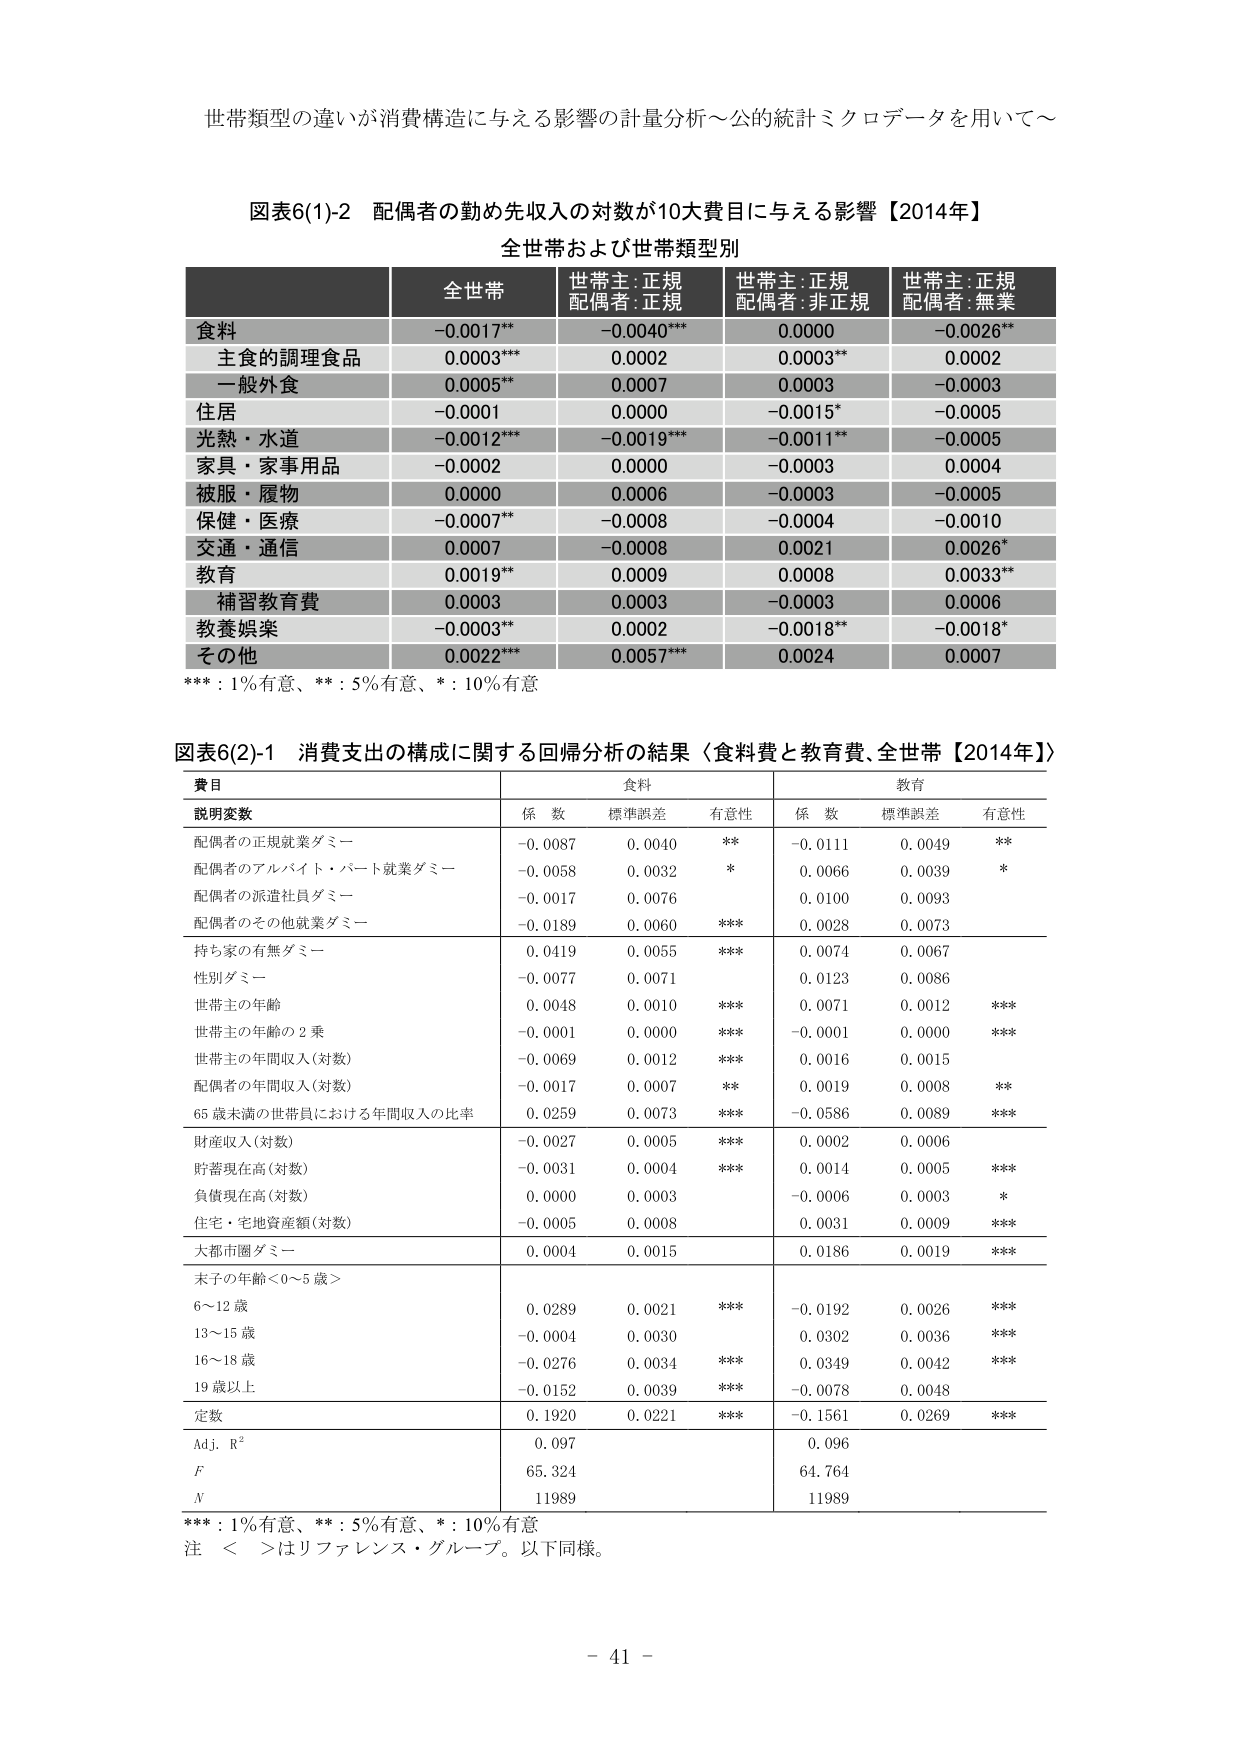
世帯類型の違いが消費構造に与える影響の計量分析～公的統計ミクロデータを用いて～

図表6(1)-2 配偶者の勤め先収入の対数が10大費目に入る影響【2014年】
全世帯および世帯類型別

全世帯 世帯主:正規 配偶者:正規 世帯主:正規 配偶者:非正規 世帯主:正規 配偶者:無業
食料 -0.0017** -0.0040*** 0.0000 -0.0026**
主食的調理食品 0.0003*** 0.0002 0.0003** 0.0002
一般外食 0.0005** 0.0007 0.0003 -0.0003
住居 -0.0001 0.0000 -0.0015* -0.0005
光熱・水道 -0.0012*** -0.0019**** -0.0011** -0.0005
家具・家事用品 -0.0002 0.0000 -0.0003 0.0004
被服・履物 0.0000 0.0006 -0.0003 -0.0005
保健・医療 -0.0007** -0.0008 -0.0004 -0.0010
交通・通信 0.0007 -0.0008 0.0021 0.0026*
教育 0.0019** 0.0009 0.0008 0.0033**
補習教育費 0.0003 0.0003 -0.0003 0.0006
教養娯楽 -0.0003** 0.0002 -0.0018** -0.0018*
その他 0.0022*** 0.0057*** 0.0024 0.0007

***：1%有意、**：5%有意、*：10%有意

図表6(2)-1 消費支出の構成に関する回帰分析の結果〈食料費と教育費、全世帯【2014年】〉

費目 食料 教育
説明変数 係数 標準誤差 有意性 係数 標準誤差 有意性
配偶者の正規就業ダミー -0.0087 0.0040 ** -0.0111 0.0049 **
配偶者のアルバイト・パート就業ダミー -0.0058 0.0032 * 0.0066 0.0039 *
配偶者の派遣社員ダミー -0.0017 0.0076 0.0100 0.0093
配偶者のその他就業ダミー 0.0189 0.0060 *** 0.0028 0.0073
持ち家の有無ダミー 0.0419 0.0055 *** 0.0074 0.0067
性別ダミー -0.0077 0.0071 0.0123 0.0086
世帯主の年齢 0.0048 0.0010 *** 0.0071 0.0012 ***
世帯主の年齢の2乗 -0.0001 0.0000 *** -0.0001 0.0000 ***
世帯主の年間収入(対数) -0.0069 0.0012 *** 0.0016 0.0015
配偶者の年間収入(対数) -0.0017 0.0007 ** 0.0019 0.0008 **
65歳未満の世帯員における年間収入の比率 0.0259 0.0073 *** -0.0586 0.0089 ***
財産収入(対数) -0.0027 0.0005 *** 0.0002 0.0006
貯蓄現在高(対数) -0.0031 0.0004 *** 0.0014 0.0005 ***
負債現在高(対数) 0.0000 0.0003 -0.0006 0.0003 *
住宅・宅地資産額(対数) -0.0005 0.0008 0.0031 0.0009 ***
大都市圏ダミー 0.0004 0.0015 0.0186 0.0019 ***
末子の年齢＜0～5歳＞
6～12歳 0.0289 0.0021 *** -0.0192 0.0026 ***
13～15歳 -0.0004 0.0030 0.0302 0.0036 ***
16～18歳 -0.0276 0.0034 *** 0.0349 0.0042 ***
19歳以上 -0.0152 0.0039 *** -0.0078 0.0048
定数 0.1920 0.0221 *** -0.1561 0.0269 ***
Adj. R² 0.097 0.096
F 65.324 64.764
N 11989 11989

***：1%有意、**：5%有意、*：10%有意
注 ＜ ＞はリファレンス・グループ。以下同様。

- 41 -